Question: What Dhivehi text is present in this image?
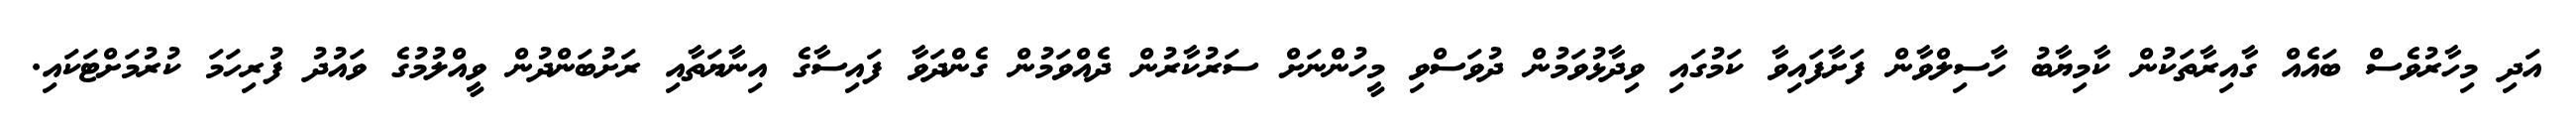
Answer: އަދި މިހާރުވެސް ބައެއް ގާއިރާތަކުން ކާމިޔާބު ހާސިލްވާން ފަށާފައިވާ ކަމުގައި ވިދާޅުވަމުން ދުވަސްވި މީހުންނަށް ސަރުކާރުން ދެއްވަމުން ގެންދަވާ ފައިސާގެ އިނާޔަތާއި ރަށުބަންދުން ވީއްލުމުގެ ވައުދު ފުރިހަމަ ކުރުމަށްޓަކައި.